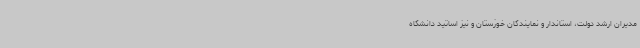
مدیران ارشد دولت، استاندار و نمایندگان خوزستان و نیز اساتید دانشگاه